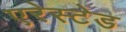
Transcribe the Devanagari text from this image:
एरेस्टेड